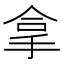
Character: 拿